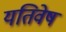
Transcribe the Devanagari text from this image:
यतिवेष